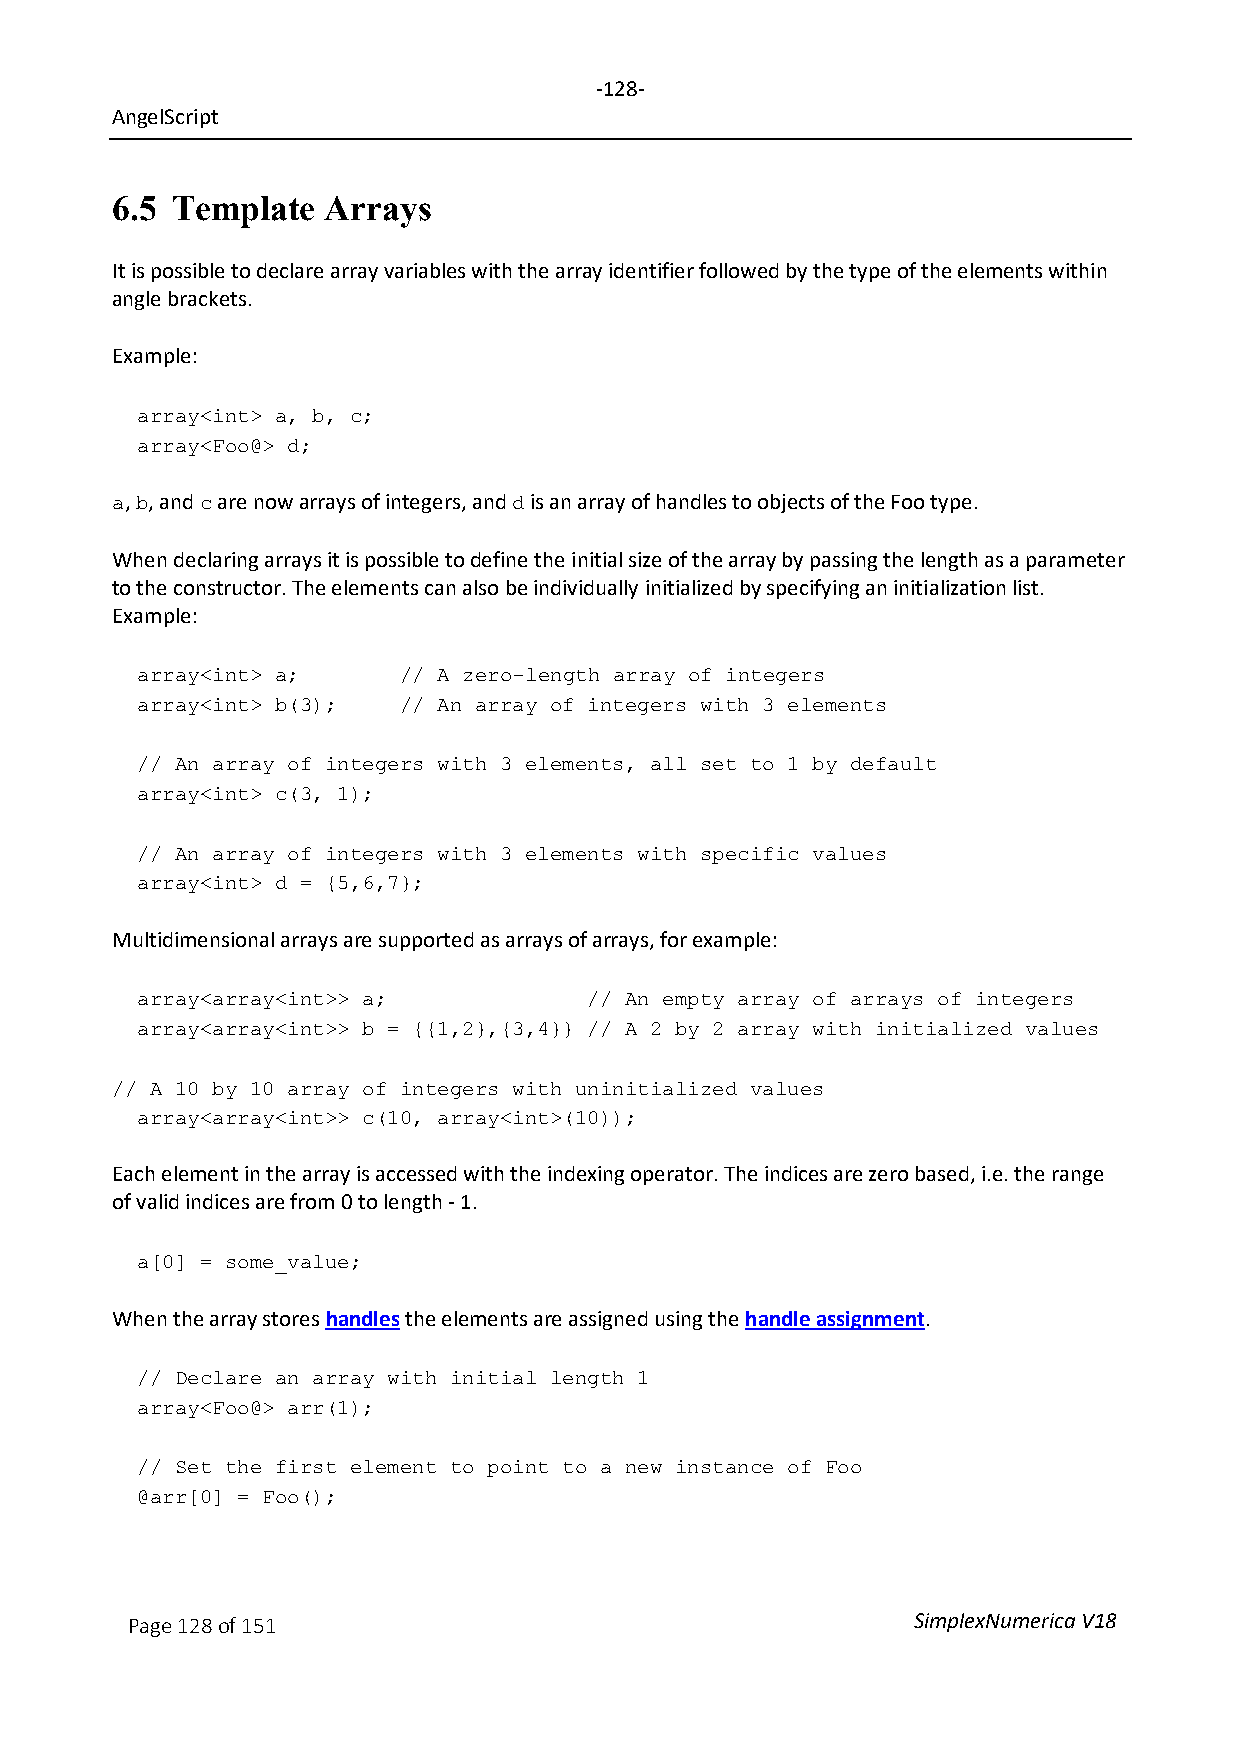
-128-
 AngelScript
 6.5 Template   Arrays
 It is possible to declare array variables with the array identifier followed by the type of the elements within
 angle brackets.
 Example:
 array<int> a, b, c;
 array<Foo@> d;
 , , and are now arrays of integers, and is an array of handles to objects of the Foo type.
 a b   c                    d
 When declaring arrays it is possible to define the initial size of the array by passing the length as a parameter
 to the constructor. The elements can also be individually initialized by specifying an initialization list.
 Example:
 array<int> a;    // A zero-length array of integers
 array<int> b(3); // An array of integers with 3 elements
 // An array of integers with 3 elements, all set to 1 by default
 array<int> c(3, 1);
 // An array of integers with 3 elements with specific values
 array<int> d = {5,6,7};
 Multidimensional arrays are supported as arrays of arrays, for example:
 array<array<int>> a;          // An empty array of arrays of integers
 array<array<int>> b = {{1,2},{3,4}} // A 2 by 2 array with initialized values
 // A 10 by 10 array of integers with uninitialized values
 array<array<int>> c(10, array<int>(10));
 Each element in the array is accessed with the indexing operator. The indices are zero based, i.e. the range
 of valid indices are from 0 to length - 1.
 a[0] = some_value;
 When the array stores handles the elements are assigned using the handle assignment.
 // Declare an array with initial length 1
 array<Foo@> arr(1);
 // Set the first element to point to a new instance of Foo
 @arr[0] = Foo();
 Page 128 of 151                                     SimplexNumerica V18